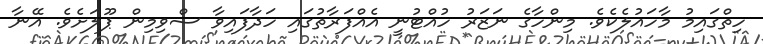
ހިތްގައިމު މާހައުލެކެވެ. މިންހާގެ ނަޒަރު ހުއްޓުނީ އެއްފަރާތުގައި ހަދާފައިވާ ސްވިމިން ޕޫލަށެވެ. އޭނާ